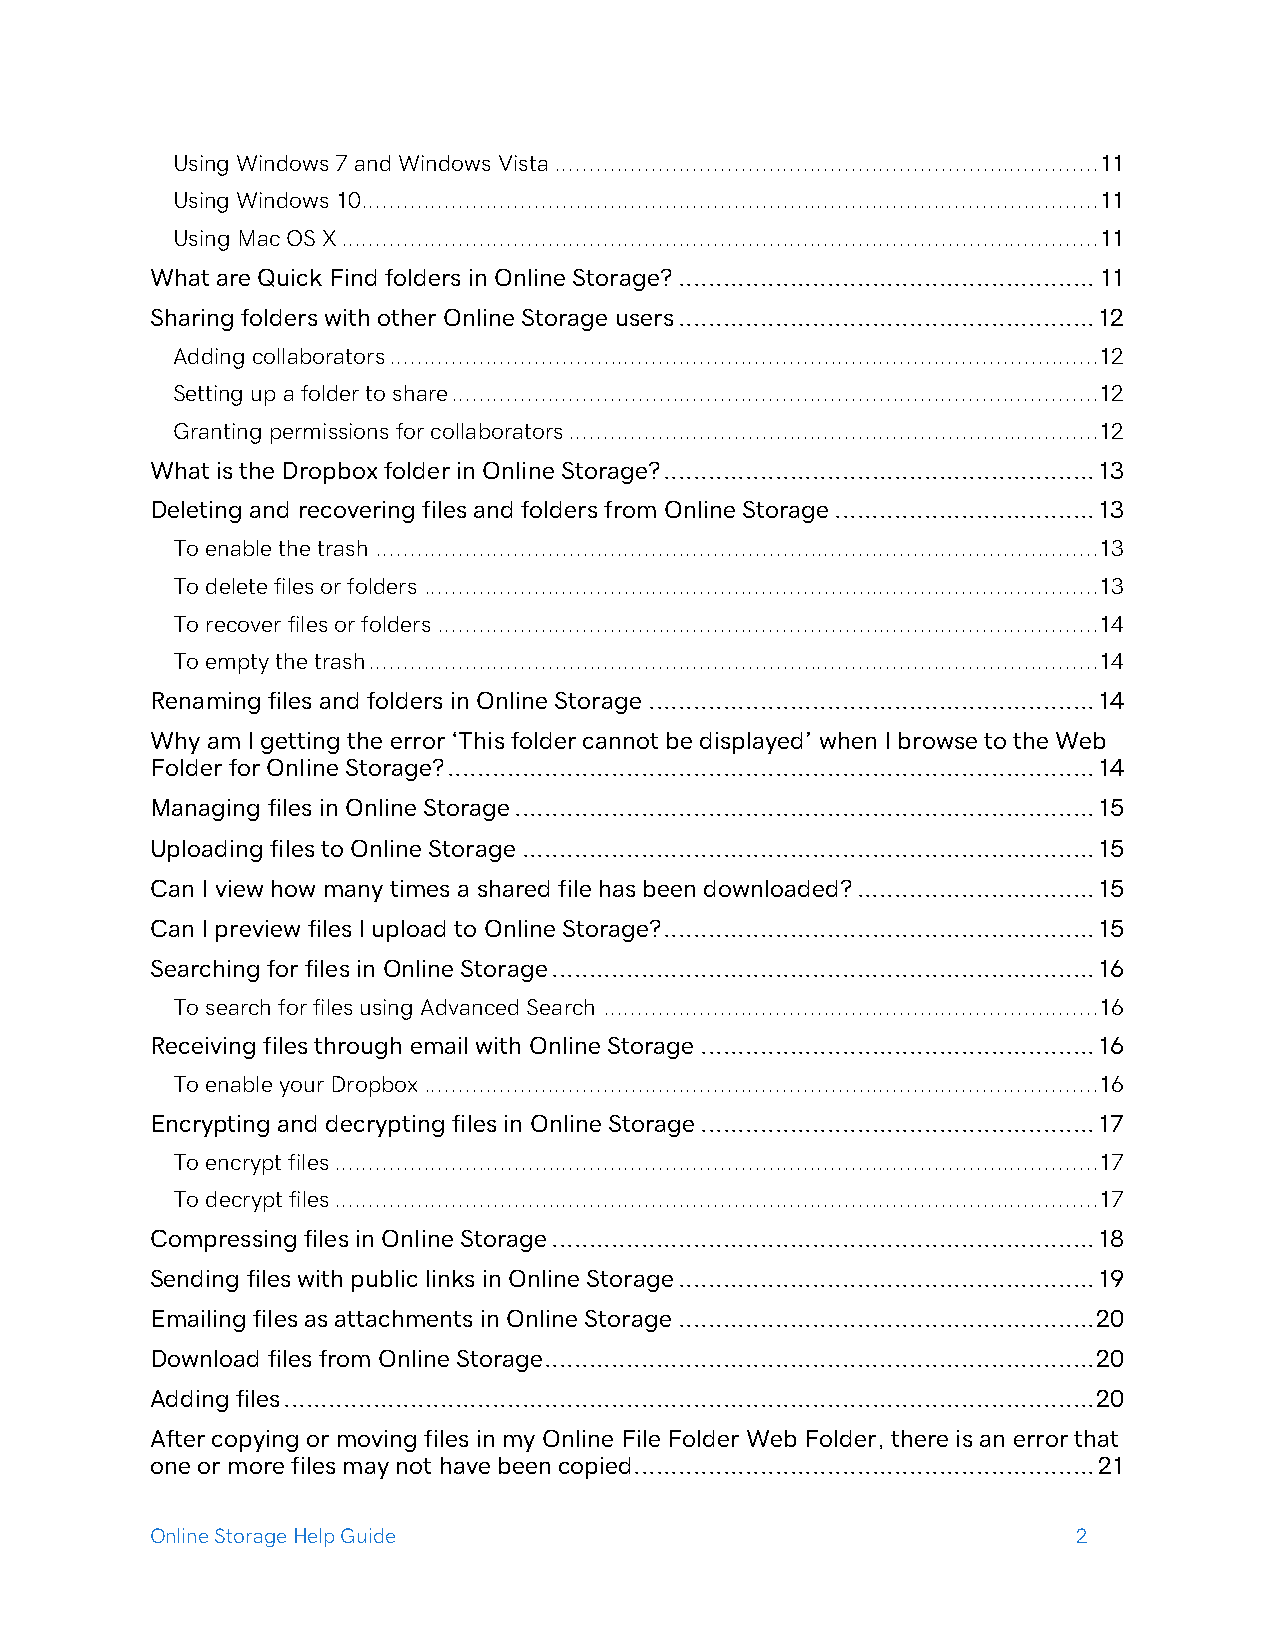
Using Windows 7 and Windows Vista ............................................................................... 11
 Using Windows 10 ........................................................................................................... 11
 Using Mac OS X .............................................................................................................. 11
 What are Quick Find folders in Online Storage? ........................................................ 11
 Sharing folders with other Online Storage users ........................................................ 12
 Adding collaborators ....................................................................................................... 12
 Setting up a folder to share .............................................................................................. 12
 Granting permissions for collaborators ............................................................................. 12
 What is the Dropbox folder in Online Storage? .......................................................... 13
 Deleting and recovering files and folders from Online Storage ................................... 13
 To enable the trash ......................................................................................................... 13
 To delete files or folders .................................................................................................. 13
 To recover files or folders ................................................................................................ 14
 To empty the trash .......................................................................................................... 14
 Renaming files and folders in Online Storage ............................................................ 14
 Why am I getting the error ‘This folder cannot be displayed’ when I browse to the Web
 Folder for Online Storage? ....................................................................................... 14
 Managing files in Online Storage .............................................................................. 15
 Uploading files to Online Storage ............................................................................. 15
 Can I view how many times a shared file has been downloaded? ................................ 15
 Can I preview files I upload to Online Storage? .......................................................... 15
 Searching for files in Online Storage ......................................................................... 16
 To search for files using Advanced Search ........................................................................ 16
 Receiving files through email with Online Storage ..................................................... 16
 To enable your Dropbox .................................................................................................. 16
 Encrypting and decrypting files in Online Storage ..................................................... 17
 To encrypt files ............................................................................................................... 17
 To decrypt files ............................................................................................................... 17
 Compressing files in Online Storage ......................................................................... 18
 Sending files with public links in Online Storage ........................................................ 19
 Emailing files as attachments in Online Storage ........................................................ 20
 Download files from Online Storage .......................................................................... 20
 Adding files ............................................................................................................. 20
 After copying or moving files in my Online File Folder Web Folder, there is an error that
 one or more files may not have been copied.............................................................. 21
 Online Storage Help Guide                                    2